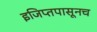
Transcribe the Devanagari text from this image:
इजिप्तपासूनच